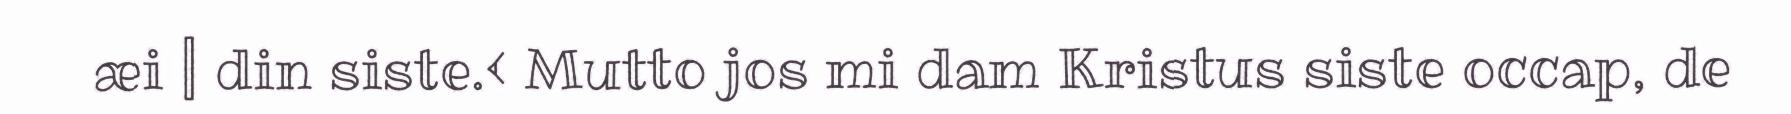
æi | din siste.< Mutto jos mi dam Kristus siste occap, de